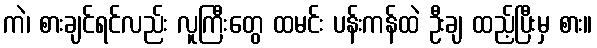
ကဲ၊ စားချင်ရင်လည်း လူကြီးတွေ ထမင်း ပန်းကန်ထဲ ဦးချ ထည့်ပြီးမှ စား။